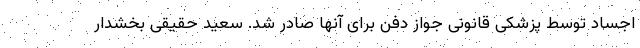
اجساد توسط پزشکی قانونی جواز دفن برای آنها صادر شد. سعید حقیقی بخشدار